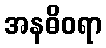
အနဓိဝရာ